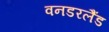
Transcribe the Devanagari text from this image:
वनडरलैंड